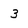
Character: 3